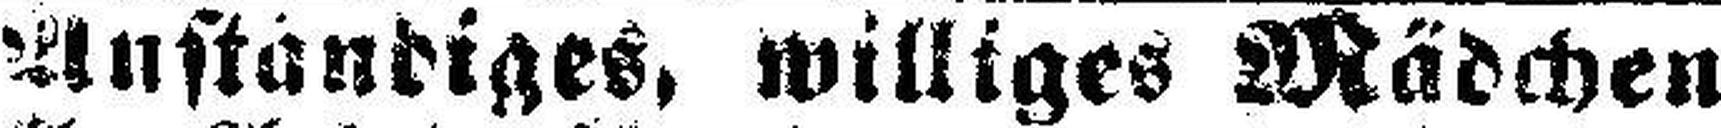
Anständiges, williges Mädchen